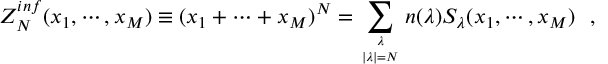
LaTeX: Z _ { N } ^ { i n f } ( x _ { 1 } , \cdots , x _ { M } ) \equiv ( x _ { 1 } + \cdots + x _ { M } ) ^ { N } = \sum _ { { \lambda \atop | \lambda | = N } } n ( \lambda ) S _ { \lambda } ( x _ { 1 } , \cdots , x _ { M } ) \, \, \, \, ,